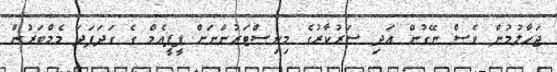
ޖަހާލުމުން ވެސް ނޭގުން އަދި ސަރުކާރުގެ މިނިސްޓަރުންނަށް ޕީޕީއެމް ގެ ގަދަފަދަ މެމްބަރުން